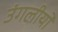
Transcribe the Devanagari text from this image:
उंगलीयों